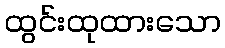
ထွင်းထုထားသော